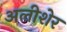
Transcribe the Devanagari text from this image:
अलीशेर